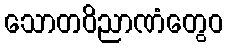
သောတဝိညာဏံတွေဝ